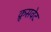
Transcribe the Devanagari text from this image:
क्रूसवेट